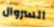
السروال